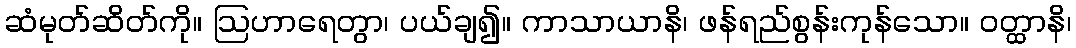
ဆံမုတ်ဆိတ်ကို။ ဩဟာရေတွာ၊ ပယ်ချ၍။ ကာသာယာနိ၊ ဖန်ရည်စွန်းကုန်သော။ ဝတ္ထာနိ၊